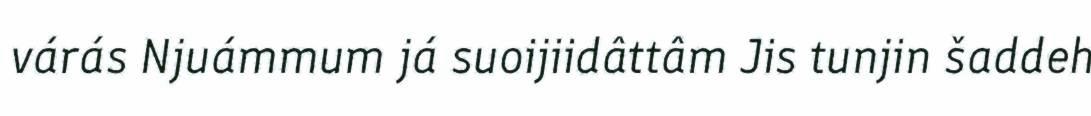
várás Njuámmum já suoijiidâttâm Jis tunjin šaddeh